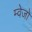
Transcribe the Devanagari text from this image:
म्वेजो